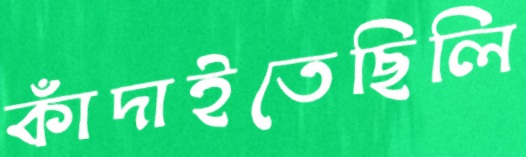
কাঁদাইতেছিলি